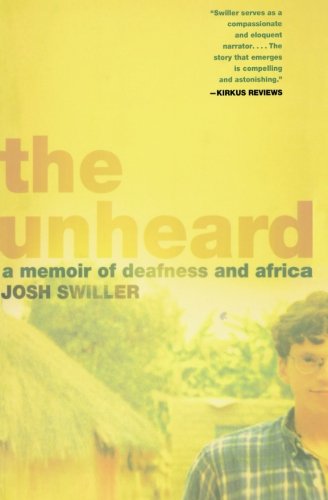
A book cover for The Unheard: A Memoir of Deafness and Africa; Josh Swiller; Health, Fitness & Dieting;